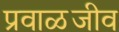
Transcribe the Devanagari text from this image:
प्रवाळजीव